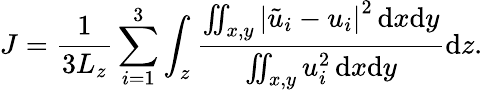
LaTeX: J=\frac{1}{3L_{z}}\sum_{i=1}^{3}{\int_{z}\frac{\iint_{x,y}{\left|\tilde{u}_{i}-u_{i}\right|}^{2}\, \mathrm{d}x\mathrm{d}y}{\iint_{x,y}u_{i}^{2}\, \mathrm{d}x\mathrm{d}y}\mathrm{d}z}.